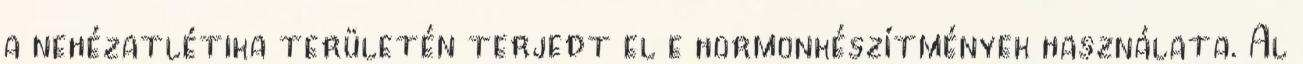
a nehézatlétika területén terjedt el e hormonkészítmények használata. Al